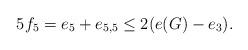
LaTeX: \begin{align*}5f_5=e_5+e_{5,5}\leq 2(e(G)-e_3).\end{align*}